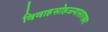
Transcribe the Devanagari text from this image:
विवाहसोहळ्यासारख्या